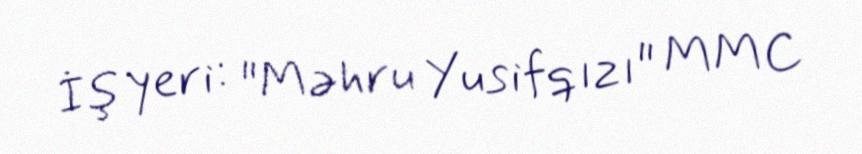
İş yeri: "Məhru Yusifqızı" MMC